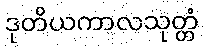
ဒုတိယကာလသုတ္တံ